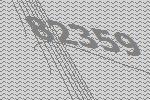
82359